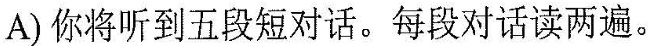
A)你将听到五段短对话。每段对话读两遍。